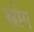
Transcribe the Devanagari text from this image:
स्त्रोग